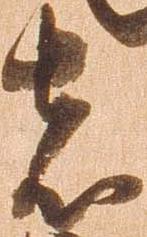
者